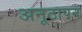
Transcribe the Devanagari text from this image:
अनूठापन